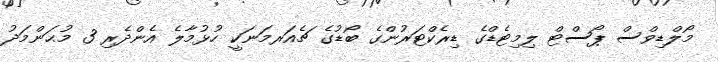
މޯލްޑިވްސް ޕޯސްޓް ލިމިޓެޑްގެ ޑިރެކްޓަރުންގެ ބޯޑުގެ ޗެއަރމަނަކީ ހުޅުމާލެ އެންދެރި 3 މުޙަންމަދު